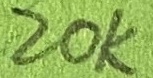
Text: 20KΩ